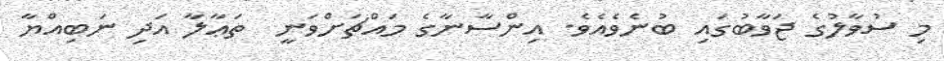
މި ސުވާލުގެ ޖަވާބުގައި ބުނެވެއެވެ. އިންސާނާގެ މައްޗަށްވަނީ  ތަޢާލާ އަދި ނަބިއްޔާ